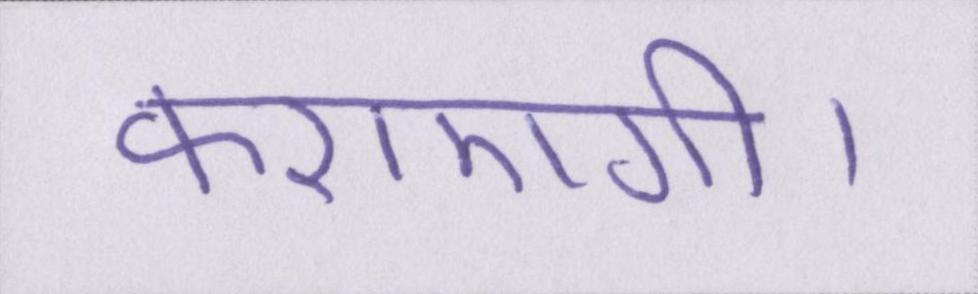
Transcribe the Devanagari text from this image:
कराएगी।